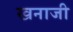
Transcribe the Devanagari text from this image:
खनाजी